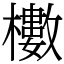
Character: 櫢